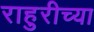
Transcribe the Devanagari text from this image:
राहुरीच्या